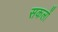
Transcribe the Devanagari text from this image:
सकलों